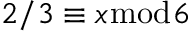
2 / 3 \equiv x { \bmod { 6 } }